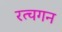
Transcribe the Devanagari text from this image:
रत्चगन